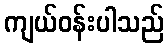
ကျယ်ဝန်းပါသည်